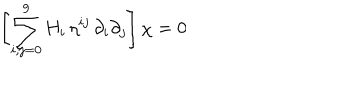
\left[ \sum _ { i , j = 0 } ^ { 9 } H _ { i } \, \eta ^ { i j } \, \partial _ { i } \partial _ { j } \right] \chi = 0